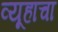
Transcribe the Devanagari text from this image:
व्यूहाचा